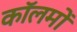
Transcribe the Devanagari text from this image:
काॅलमों